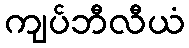
ကျပ်ဘီလီယံ